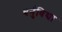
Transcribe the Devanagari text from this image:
धर्नुविद्या